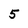
Character: 5